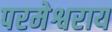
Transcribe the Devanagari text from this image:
परमेश्वराय